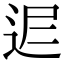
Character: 𨒈